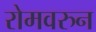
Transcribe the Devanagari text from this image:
रोमवरुन